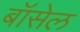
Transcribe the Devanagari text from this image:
बॉसेल